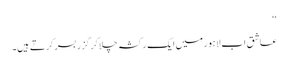
‘‘
عاشق اب لاہور میں ایک رکشہ چلا کر گزر بسر کرتے ہیں۔